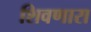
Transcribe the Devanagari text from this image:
शिवणारा